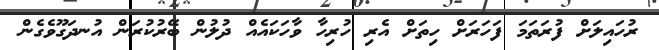
ރުހައިލަށް ފުރަތަމަ ފަހަރަށް ހިތަށް އެރި ހުރިހާ ވާހަކައެއް ދުލުން ބޭރުކުރަން އުނދަގޫވެގެން